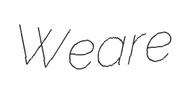
Weare